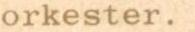
orkester.